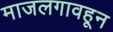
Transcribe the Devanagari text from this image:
माजलगावहून